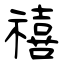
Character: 禧